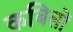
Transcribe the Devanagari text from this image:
कबिलों